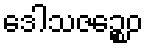
ဒေါသဇဉ္စေဝ